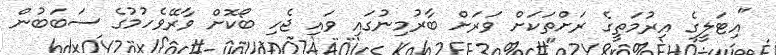
"އިޓަލީގެ އިރުމަތީގެ ރަށްތަކަށް ވަރަށް ބާރުމިނުގައި ވައި ޖެހި ބޯކޮށް ވާރޭވެހުމުގެ ސަބަބުން